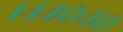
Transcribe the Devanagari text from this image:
१४४०४०